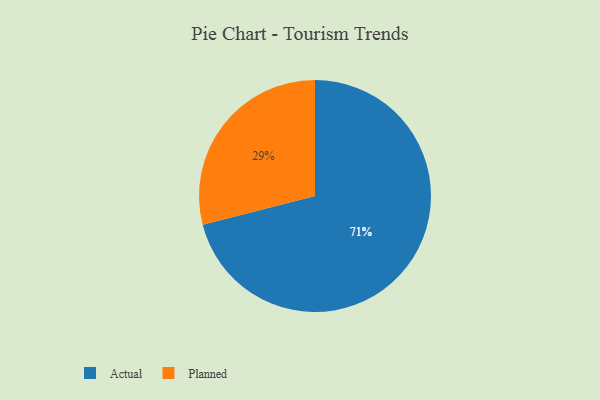
{"axis": {"x": "Category", "y": "Percentage"}, "legend": ["Actual", "Planned"], "data": [{"x": "Planned", "y": 29, "type": "Planned"}, {"x": "Actual", "y": 71, "type": "Actual"}]}